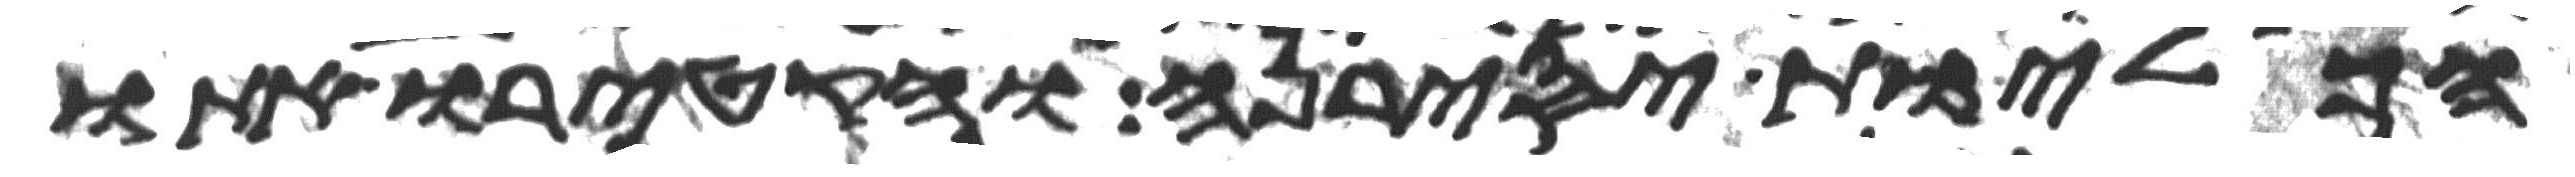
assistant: הכליות יסירנה והקטירו אתו